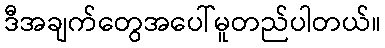
ဒီအချက်တွေအပေါ်မူတည်ပါတယ်။